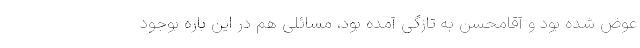
عوض شده بود و آقامحسن به تازگی آمده بود، مسائلی هم در این باره بوجود